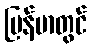
မြန်မာတွင်